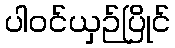
ပါဝင်ယှဉ်ပြိုင်